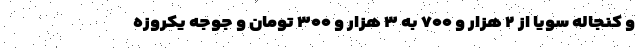
و کنجاله سویا از ۲ هزار و ۷۰۰ به ۳ هزار و ۳۰۰ تومان و جوجه یکروزه